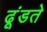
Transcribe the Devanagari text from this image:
ढूंडते